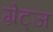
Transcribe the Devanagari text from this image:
ग्रेट्ज